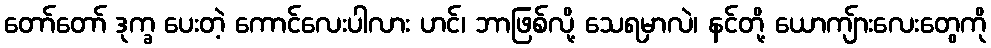
တော်တော် ဒုက္ခ ပေးတဲ့ ကောင်လေးပါလား ဟင်၊ ဘာဖြစ်လို့ သေရမှာလဲ၊ နင်တို့ ယောကျ်ားလေးတွေကို